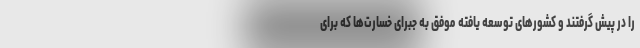
را در پیش گرفتند و کشورهای توسعه یافته موفق به جبرای خسارت‌ها که برای